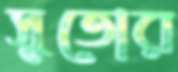
সুতোর